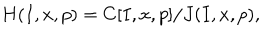
H ( I , x , p ) = C [ I , x , p ] / J ( I , x , p ) ,